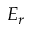
E _ { r }